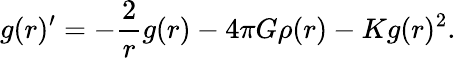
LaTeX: g(r)^{\prime}=-\frac{2}{r}g(r)-4\pi G\rho(r)-Kg(r)^{2}.